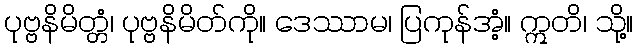
ပုဗ္ဗနိမိတ္တံ၊ ပုဗ္ဗနိမိတ်ကို။ ဒေဿာမ၊ ပြကုန်အံ့။ ဣတိ၊ သို့။